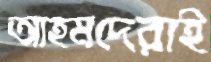
আহমদেরাই